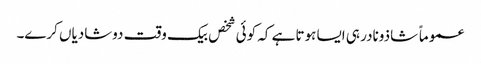
عموماً شاذونادر ہی ایسا ہوتا ہے کہ کوئی شخص بیک وقت دوشادیاں کرے۔